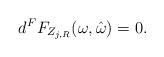
LaTeX: \begin{align*}d^F F_{Z_{j,R}}(\omega,\hat{\omega}) = 0.\end{align*}